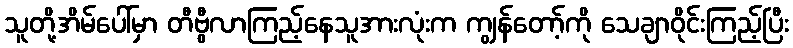
သူတို့အိမ်ပေါ်မှာ တီဗွီလာကြည့်နေသူအားလုံးက ကျွန်တော့်ကို သေချာဝိုင်းကြည့်ပြီး